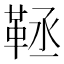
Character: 𩊨